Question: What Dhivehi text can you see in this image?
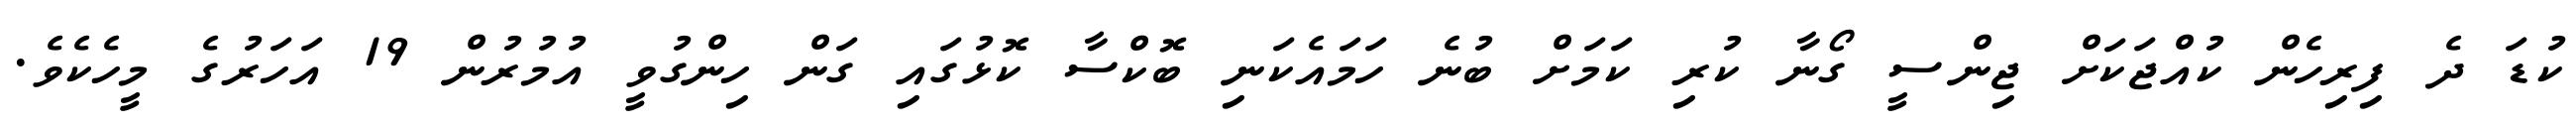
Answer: ކުޑަ ދެ ފިރިހެން ކުއްޖަކަށް ޖިންސީ ގޯނާ ކުރި ކަމަށް ބުނެ ހަމައެކަނި ބޮކްސާ ކޮޅުގައި ގަން ހިންގުވީ އުމުރުން 19 އަހަރުގެ މީހެކެވެ.